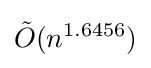
{\tilde {O}}(n^{1.6456})